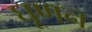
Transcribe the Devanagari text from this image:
घूणन